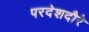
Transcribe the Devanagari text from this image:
परदेशदौरे